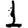
Digit: 1